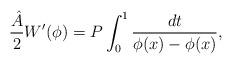
LaTeX: \begin{align*}\frac{{\hat A}}{2}W'(\phi ) =P\int_0^1 \frac{dt}{\phi (x) -\phi (x)},\end{align*}